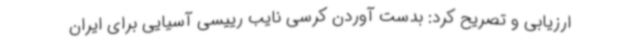
ارزیابی و تصریح کرد: بدست آوردن کرسی نایب رییسی آسیایی برای ایران